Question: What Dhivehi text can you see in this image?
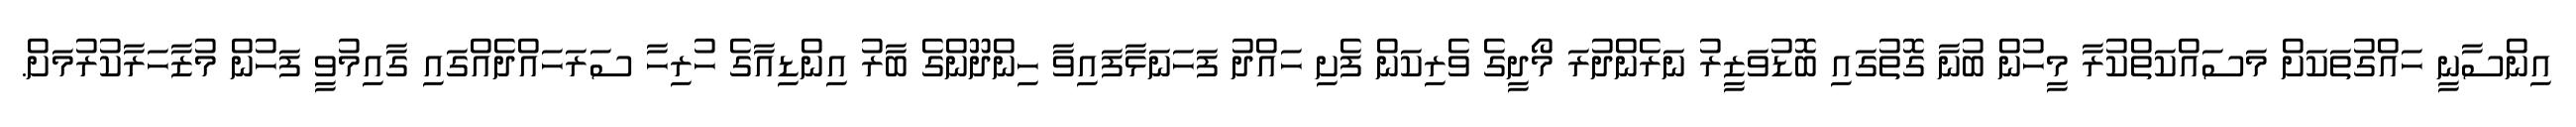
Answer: އިންސާނީ ހައްގުތަކަށް މަސައްކަތްކުރާ މީހުން ބުނާ ގޮތުގައި ބޮޑުވަޒީރު ނަރެންދުރަ މޯދީގެ ވެރިކަން ފެށި ހައްދު ފަހަނަޅާފައިވާ ހިންދޫންގެ ބާރު އިންޑިއާގެ ހުރިހާ ސަރަހައްދެއްގައި ގާއިމުވީ ފަހުން މުޒާހަރާކުރުމަށް.